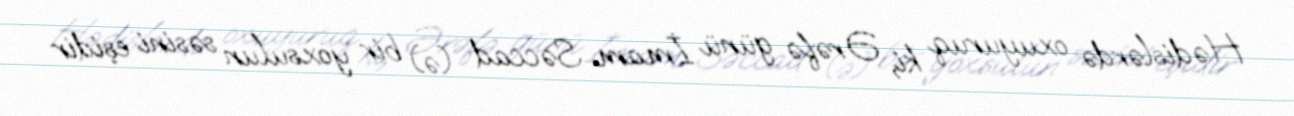
Hədislərdə oxuyuruq ki, Ərəfə günü İmam Səccad (ə) bir yoxsulun səsini eşidir